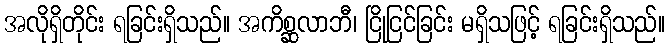
အလိုရှိတိုင်း ရခြင်းရှိသည်။ အကိစ္ဆလာဘီ၊ ငြိုငြင်ခြင်း မရှိသဖြင့် ရခြင်းရှိသည်။